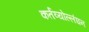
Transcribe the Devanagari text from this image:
कर्तव्योल्लंघन